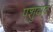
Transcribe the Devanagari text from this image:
पशुवाद